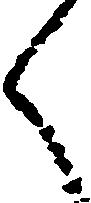
々